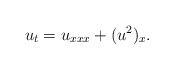
\begin{align*}u_t=u_{xxx}+(u^2)_x.\end{align*}